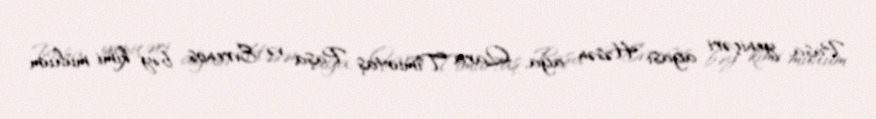
Paşa, yeniçəri ağası Həsən ağa, Qara Timurtaş Paşa və Evrenos bəy kimi mühüm